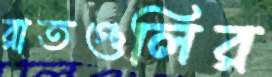
রাতগুলির